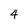
Character: 4